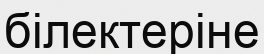
білектеріне